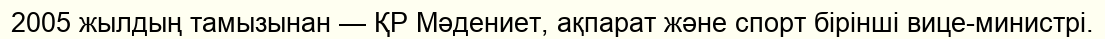
2005 жылдың тамызынан — ҚР Мәдениет, ақпарат және спорт бірінші вице-министрі.